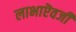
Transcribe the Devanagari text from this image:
लाभाऎवजी